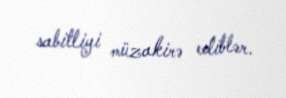
sabitliyi müzakirə ediblər.